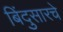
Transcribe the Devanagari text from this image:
बिंदुसारचे